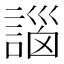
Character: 𧩣